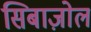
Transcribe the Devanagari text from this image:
सिबाज़ोल